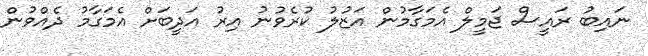
ނައިބު ރައީސް ޖަމީލް އެމަގާމުން އަޒުލު ކުރެވުނު އިރު އަދީބަށް އެމަގާމު ދެއްވުން